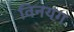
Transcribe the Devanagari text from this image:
विनयग